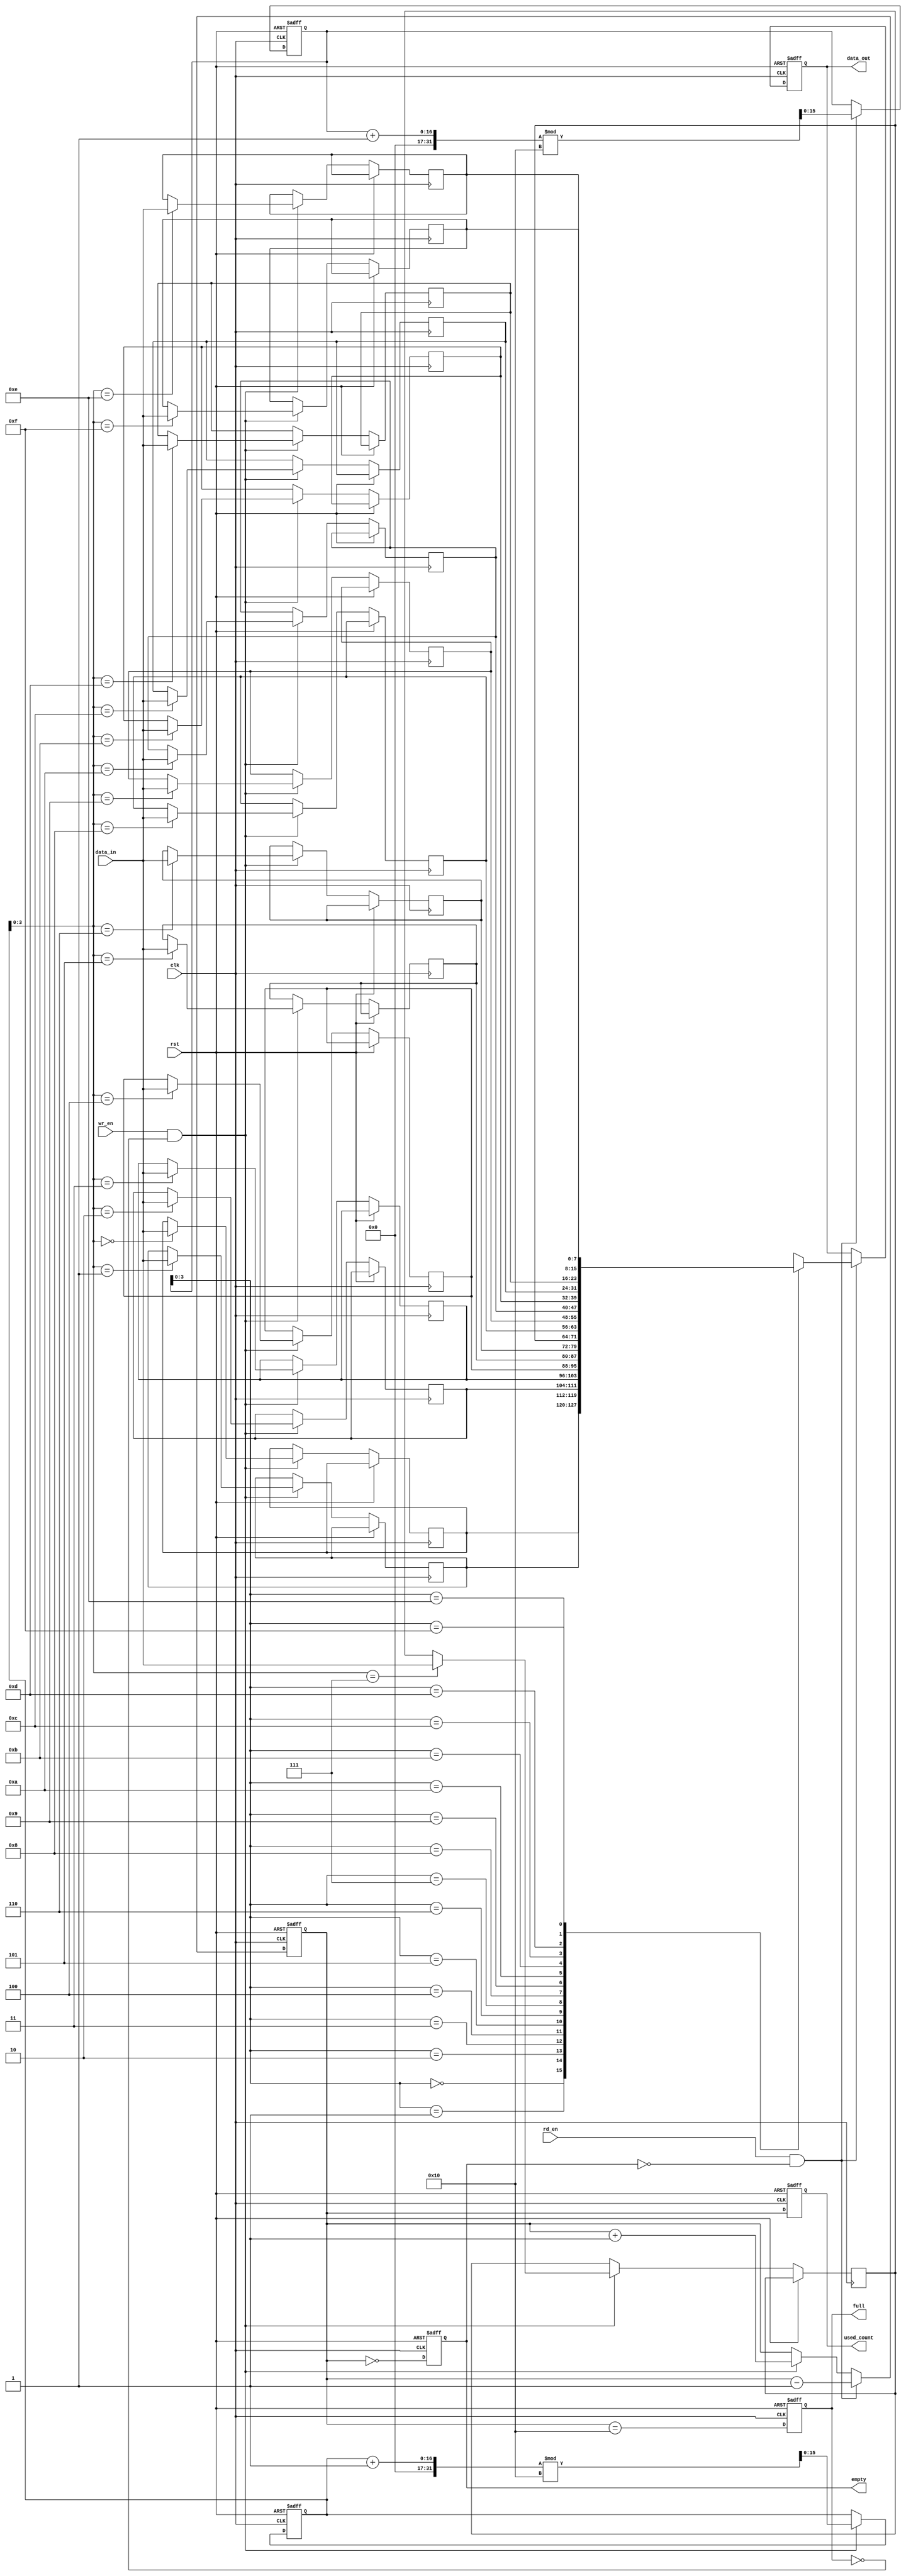
module parameterized_fifo #(
    parameter DEPTH = 16,  // Must be a power of two
    parameter WIDTH = 8    // Width of each data entry in bits
) (
    input wire clk,
    input wire rst,
    input wire wr_en,
    input wire rd_en,
    input wire [WIDTH-1:0] data_in,
    output reg [WIDTH-1:0] data_out,
    output reg full,
    output reg empty,
    output reg [DEPTH-1:0] used_count
);

    // Memory array to hold the FIFO data
    reg [WIDTH-1:0] fifo_mem[0:DEPTH-1];
    reg [DEPTH-1:0] wr_ptr;  // Write pointer
    reg [DEPTH-1:0] rd_ptr;  // Read pointer
    reg [DEPTH-1:0] count;    // Counter for used entries

    // Initialize the FIFO
    always @(posedge clk or posedge rst) begin
        if (rst) begin
            wr_ptr <= 0;
            rd_ptr <= 0;
            count <= 0;
            full <= 0;
            empty <= 1;
            data_out <= 0;
        end else begin
            // Write operation
            if (wr_en && !full) begin
                fifo_mem[wr_ptr] <= data_in; // Write data to FIFO
                wr_ptr <= (wr_ptr + 1) % DEPTH; // Increment write pointer
                count <= count + 1; // Increment count
            end
            
            // Read operation
            if (rd_en && !empty) begin
                data_out <= fifo_mem[rd_ptr]; // Read data from FIFO
                rd_ptr <= (rd_ptr + 1) % DEPTH; // Increment read pointer
                count <= count - 1; // Decrement count
            end
            
            // Update full and empty flags
            full <= (count == DEPTH);
            empty <= (count == 0);
        end
    end

    // Assign used_count to the count of entries
    always @(posedge clk or posedge rst) begin
        if (rst) begin
            used_count <= 0;
        end else begin
            used_count <= count;
        end
    end

endmodule